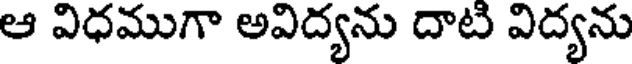
ఆ విధముగా అవిద్యను దాటి విద్యను